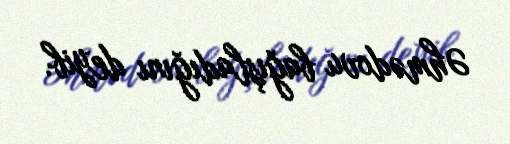
Əhmədovu bağışladığını deyib.